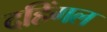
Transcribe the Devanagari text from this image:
दहिंगल